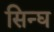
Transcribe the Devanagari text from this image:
सिन्घ